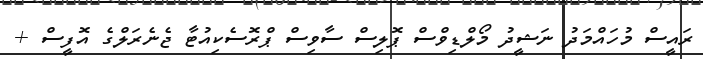
ރައީސް މުހައްމަދު ނަޝީދު މޯލްޑިވްސް ޕޮލިސް ސާވިސް ޕްރޮސެކިއުޓާ ޖެނެރަލްގެ އޮފީސް +